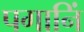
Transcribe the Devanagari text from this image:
पगानिं